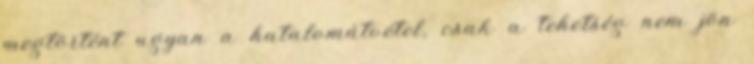
megtörtént ugyan a hatalomátvétel, csak a tehetség nem jön